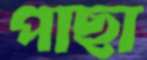
পাছা